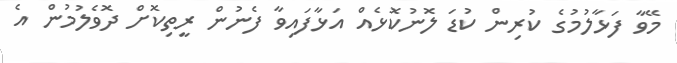
މޭވާ ފަޅާލުމުގެ ކުރިން ކުޑަ ލޮނުކޮޅެއް އަޅާފައިވާ ފެނުން ރީތިކޮށް ދޮވެލުމުން އެ